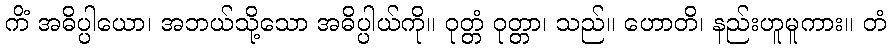
ကိံ အဓိပ္ပါယော၊ အဘယ်သို့သော အဓိပ္ပါယ်ကို။ ဝုတ္တံ ဝုတ္တာ၊ သည်။ ဟောတိ၊ နည်းဟူမူကား။ တံ